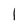
Character: 1